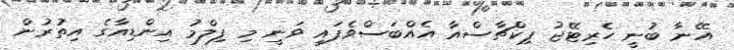
އޭނާ ބުނީ ހެރިޓޭޖު ޕިކްޗާސްއާ އެއްބަސްވެފައި ވަނީ މި ފިލްމު އިންޑިއާގެ އިތުރުން